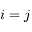
i = j